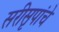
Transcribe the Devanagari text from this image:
सरीसृपांचे